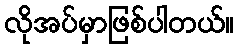
လိုအပ်မှာဖြစ်ပါတယ်။